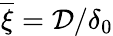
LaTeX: \overline{{\xi}}=\mathcal{D}/\delta_{0}